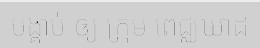
បង្គាប់ ឲ្យ ក្រុម ពេជ្ឈឃាដ